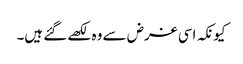
کیونکہ اسی غرض سے وہ لکھے گئے ہیں۔